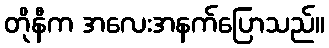
တိုနီက အလေးအနက်ပြောသည်။